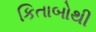
કિતાબોથી